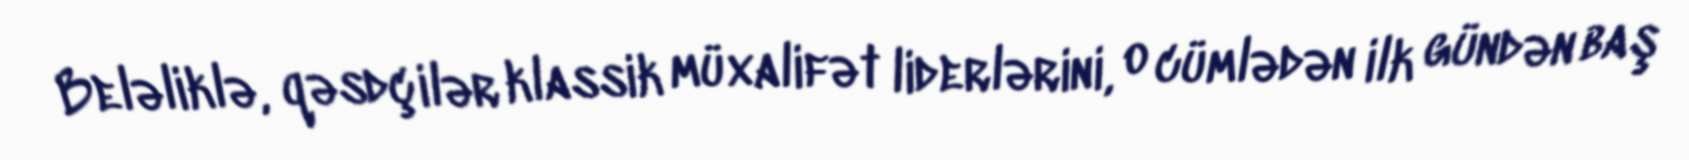
Beləliklə, qəsdçilər klassik müxalifət liderlərini, o cümlədən ilk gündən baş